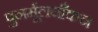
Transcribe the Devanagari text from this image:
पुनर्मूलयाँकन